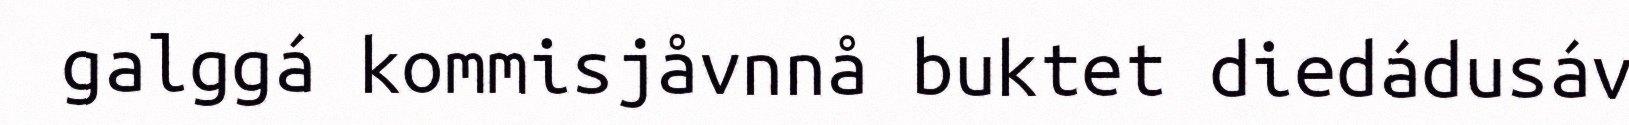
galggá kommisjåvnnå buktet diedádusáv